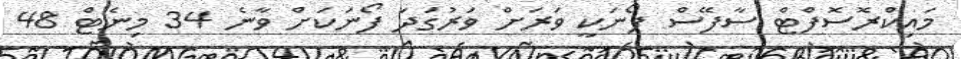
މައިކްރޮސޮފްޓް ސާފޭސް ފޯނަކީ ވަރަށް ވަރުގަދަ ފޯނަކަށް ވާނެ 34 މިނެޓް 48